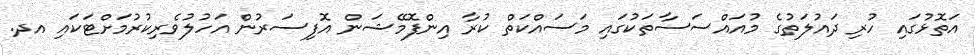
އަތޮޅުގައި ހުރި ދައުލަތުގެ މުއައްސަސާތަކުގައި މަސައްކަތް ކުރާ އިންފޮމޭޝަން އޮފިސަރުން އަހުލުވެރިކުރުމަށްޓަކައި އދ.